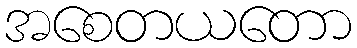
အစေတယတော